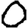
Digit: 0